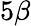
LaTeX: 5\beta